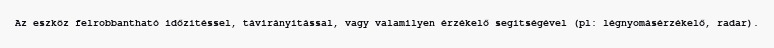
Az eszköz felrobbantható időzítéssel, távirányítással, vagy valamilyen érzékelő segítségével (pl: légnyomásérzékelő, radar).